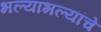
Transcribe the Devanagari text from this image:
भल्याभल्यांचे